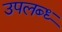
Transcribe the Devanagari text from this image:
उपलब्ध्‍